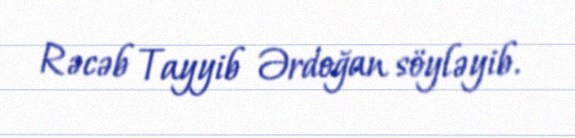
Rəcəb Tayyib Ərdoğan söyləyib.